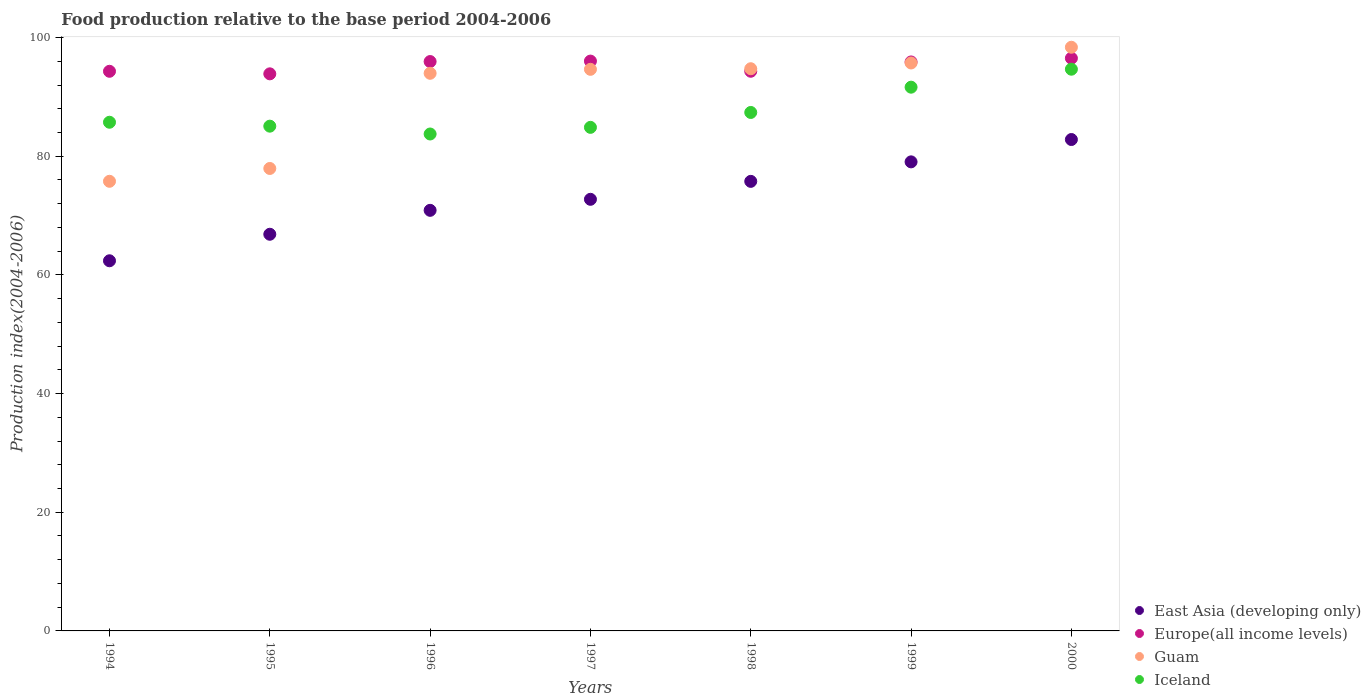
| Years | East Asia (developing only) | Europe(all income levels) | Guam | Iceland |
 | --- | --- | --- | --- | --- |
 | 1994 | 62.4 | 94.3 | 75.8 | 85.7 |
 | 1995 | 66.9 | 93.9 | 77.9 | 85.1 |
 | 1996 | 70.9 | 96 | 94 | 83.8 |
 | 1997 | 72.7 | 96 | 94.7 | 84.9 |
 | 1998 | 75.8 | 94.3 | 94.8 | 87.4 |
 | 1999 | 79.1 | 95.9 | 95.7 | 91.6 |
 | 2000 | 82.8 | 96.5 | 98.4 | 94.7 |